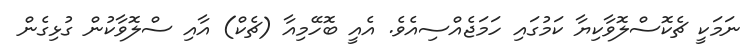
ނަމަކީ ޗެކޮސްލޮވާކިޔާ ކަމުގައި ހަމަޖެއްސިއެވެ. އެއީ ބޮހޭމިއާ (ޗެކް) އާއި ސްލޮވާކުން ގުޅިގެން